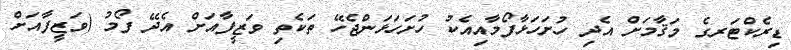
ޑިރެކްޓަރގެ މަޤާމަށް އެދި ހުށަހަޅާފޯމާއިއެކު ހުށަހަޅަންޖެހޭ ތަކެތި ވަޒީފާއަށް އެދޭ ފޯމު (ވަޒީފާއަށް